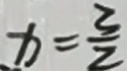
x = \frac { 3 } { 2 }